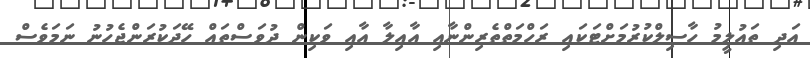
އަދި ތައުލީމު ހާސިލްކުރުމަށްޓަކައި ރަހްމަތްތެރިންނާއި އާއިލާ އާއި ވަކިން ދުވަސްތައް ހޭދަކުރަންޖެހުނު ނަމަވެސް